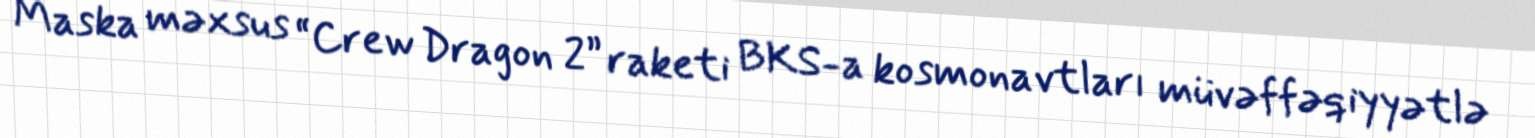
Maska məxsus “Crew Dragon 2” raketi BKS-a kosmonavtları müvəffəqiyyətlə